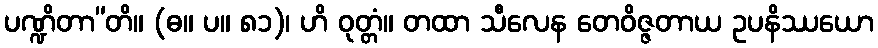
ပဏ္ဍိတာ”တိ။ (ဓ။ ပ။ ၈၁)၊ ဟိ ဝုတ္တံ။ တထာ သီလေန တေဝိဇ္ဇတာယ ဥပနိဿယော